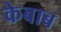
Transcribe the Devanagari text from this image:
केबाब